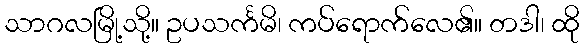
သာဂလမြို့သို့။ ဥပသင်္ကမိ၊ ကပ်ရောက်လေ၏။ တဒါ၊ ထို